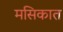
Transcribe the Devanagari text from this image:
मसिकात